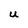
Character: U